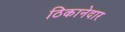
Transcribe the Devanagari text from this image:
ठिकानेदार